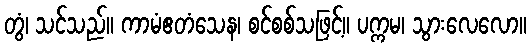
တွံ၊ သင်သည်။ ကာမံဧတံသေန၊ စင်စစ်သဖြင့်။ ပက္ကမ၊ သွားလေလော။